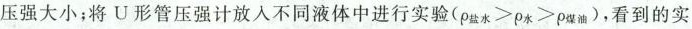
压强大小；将U形管压强计放入不同液体中进行实验(ρ盐水≥ρ水≥ρ煤油)，看到的实